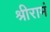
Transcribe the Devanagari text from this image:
श्रीरामं